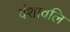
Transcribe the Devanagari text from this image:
वंशावलि